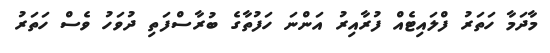
މާދަމާ ހަތަރު ފްލައިޓެއް ފުރާއިރު އަންނަ ހަފުތާގެ ބުރާސްފަތި ދުވަހު ވެސް ހަތަރު